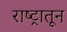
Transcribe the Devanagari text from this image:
राष्ट्रातून